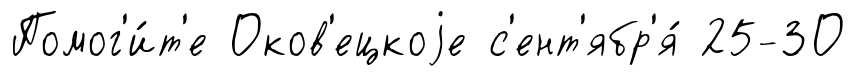
Помог'и́т'е Оков'ецкоjе с'ент'ябр'я́ 25-ЗО